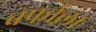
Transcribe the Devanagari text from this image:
बर्फाला